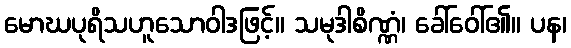
မောဃပုရိသဟူသောဝါဒဖြင့်။ သမုဒါစိဏ္ဏံ၊ ခေါ်ဝေါ်၏။ ပန၊